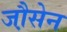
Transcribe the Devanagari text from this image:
जौ़सेन